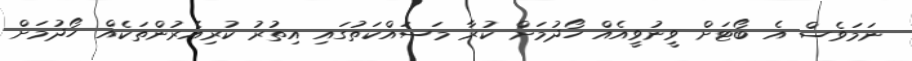
ނަމަވެސް އެ ބޯޓަށް ވީނުވީއެއް ހޯދުމަށް ކުރާ މަސައްކަތުގައި އިތުރު ކުރިއެރުންތަކެއް ހޯދުމަށް